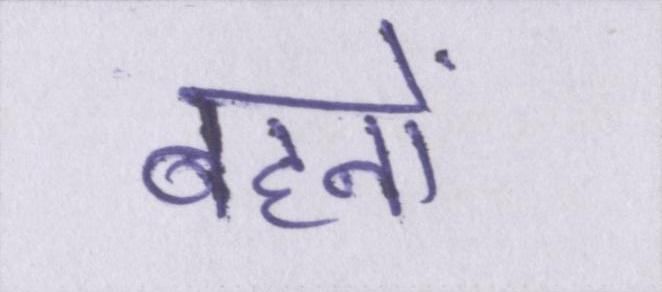
बहनों